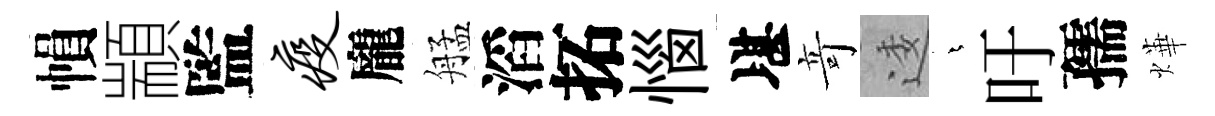
𢄙顓監疫龐艋滔拓惱堪竒逶燁吁孺燁